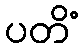
ပတိံ